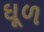
ઘૂળ